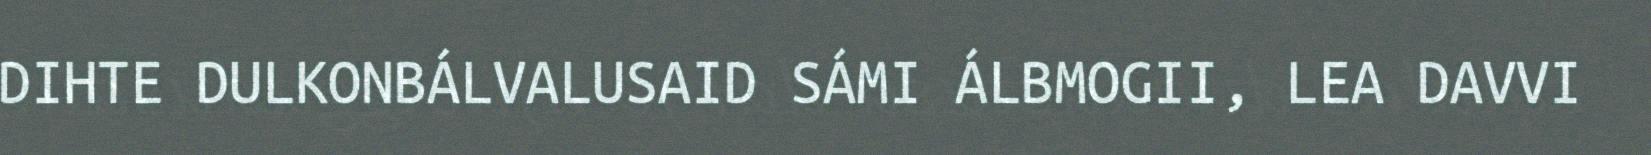
DIHTE DULKONBÁLVALUSAID SÁMI ÁLBMOGII, LEA DAVVI